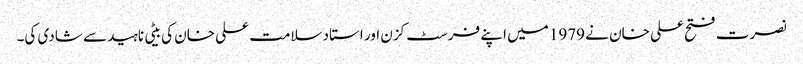
نصرت فتح علی خان نے 1979 میں اپنے فرسٹ کزن اور استاد سلامت علی خان کی بیٹی ناہید سے شادی کی۔